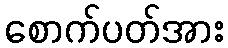
စောက်ပတ်အား